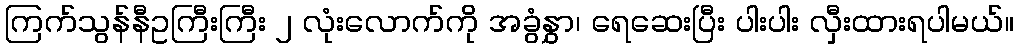
ကြက်သွန်နီဥကြီးကြီး ၂ လုံးလောက်ကို အခွံနွှာ၊ ရေဆေးပြီး ပါးပါး လှီးထားရပါမယ်။